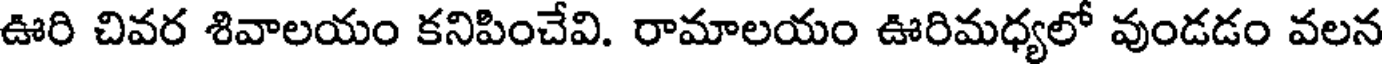
ఊరి చివర శివాలయం కనిపించేవి. రామాలయం ఊరిమధ్యలో వుండడం వలన